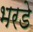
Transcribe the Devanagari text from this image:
भरडे